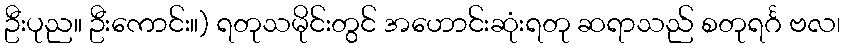
ဦးပုည။ ဦးကောင်း။) ရတုသမိုင်းတွင် အဟောင်းဆုံးရတု ဆရာသည် စတုရင်္ဂ ဗလ၊